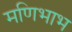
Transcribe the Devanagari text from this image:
मणिभाभ